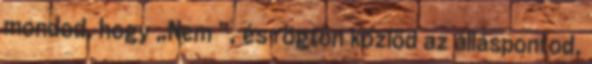
mondod, hogy „Nem ”, és rögtön közlöd az álláspontod,